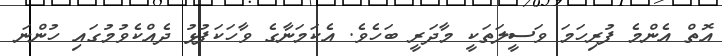
އޮތް އެންމެ ފުރިހަމަ ވަސީލަތަކީ މާދަރީ ބަހެވެ. އެކަމަނާގެ ވާހަކަފުޅު ދެއްކެވުމުގައި ހުންނަ